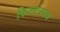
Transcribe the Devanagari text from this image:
फिल्टरपत्र